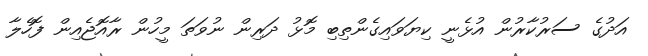
އަދުގެ ސަރުކާރުން އުޅެނީ ކިޔަވައިގެންތިބި މޮޅު ދަރިން ނުވަތަ މީހުން ރާއޮޖެއިން ފޮހެލާ